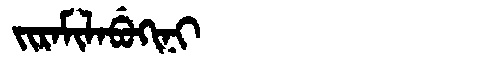
Manchu: ᠵᡳᡵᠠᠮᡳᠯᠠᠪᡠᡴᡳᠨᡳ
Romanization: JIRAMILABUKINI